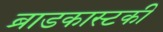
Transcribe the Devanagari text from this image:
ब्राडकास्टकी